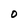
Character: 0